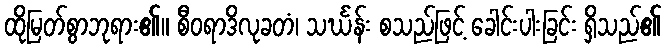
ထိုမြတ်စွာဘုရား၏။ စီဝရာဒိလုခတံ၊ သင်္ဃန်း စသည်ဖြင့် ခေါင်းပါးခြင်း ရှိသည်၏